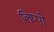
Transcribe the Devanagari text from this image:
लिप्पो